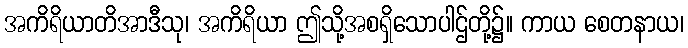
အကိရိယာတိအာဒီသု၊ အကိရိယာ ဤသို့အစရှိသောပါဌ်တို့၌။ ကာယ စေတနာယ၊